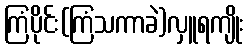
ကြံပိုင်း(ကြံသကာခဲ)လှူရကျိုး